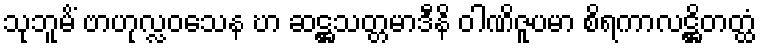
သုဘူမိံ ဗာဟုလ္လဝသေန ဎာ ဆဋ္ဌသတ္တမာဒီနိ ဝါဏိဇူပမာ စိရကာလဋ္ဌိတတ္ထံ